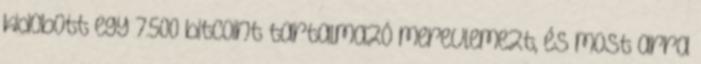
kidobott egy 7.500 bitcoint tartalmazó merevlemezt, és most arra